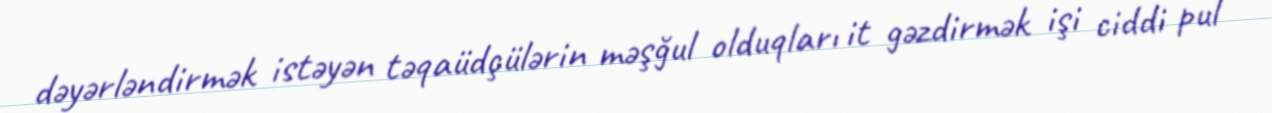
dəyərləndirmək istəyən təqaüdçülərin məşğul olduqları it gəzdirmək işi ciddi pul